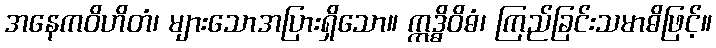
အနေကဝိဟိတံ၊ များသောအပြားရှိသော။ ဣဒ္ဓိဝိဓံ၊ ကြည်ခြင်းသမာဓိဖြင့်။